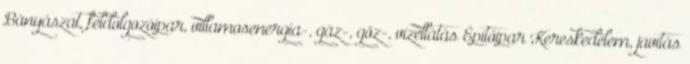
Bányászat, feldolgozóipar, villamosenergia-, gáz-, gőz-, vízellátás Építőipar Kereskedelem, javítás